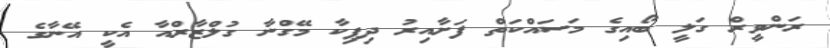
ރަންވީރް ގަލީ ބޯއިގެ މަސައްކަތް ފަށާއިރު ދިޕިކާ މޭގްނާ ގުލްޒާރްއާ އެކީ އޭނާގެ